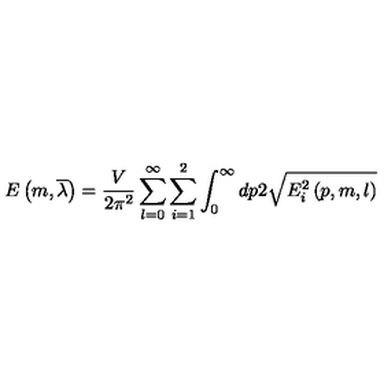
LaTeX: E \left( m , \overline { { \lambda } } \right) = \frac V { 2 \pi ^ { 2 } } \sum _ { l = 0 } ^ { \infty } \sum _ { i = 1 } ^ { 2 } \int _ { 0 } ^ { \infty } d p 2 \sqrt { E _ { i } ^ { 2 } \left( p , m , l \right) }